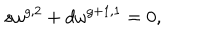
s \omega ^ { g , 2 } + d \omega ^ { g + 1 , 1 } = 0 ,